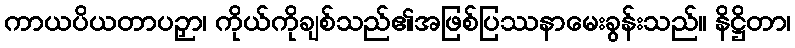
ကာယပိယတာပဉှာ၊ ကိုယ်ကိုချစ်သည်၏အဖြစ်ပြဿနာမေးခွန်းသည်။ နိဋ္ဌိတာ၊